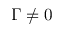
\Gamma \neq 0